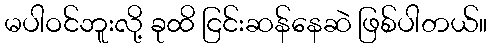
မပါဝင်ဘူးလို့ ခုထိ ငြင်းဆန်နေဆဲ ဖြစ်ပါတယ်။